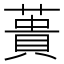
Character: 蕢